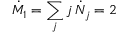
\dot { M } _ { 1 } = \sum _ { j } j \, \dot { N } _ { j } = 2